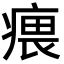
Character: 㾯